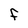
Character: F